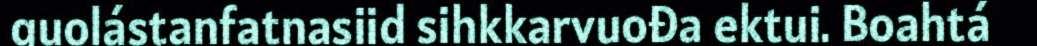
guolástanfatnasiid sihkkarvuođa ektui. Boahtá